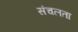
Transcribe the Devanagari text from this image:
संचलता